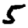
Digit: 5